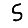
Digit: 5